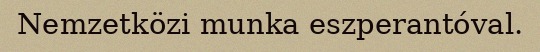
Nemzetközi munka eszperantóval.